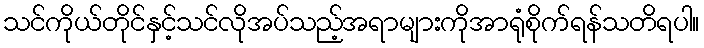
သင်ကိုယ်တိုင်နှင့်သင်လိုအပ်သည့်အရာများကိုအာရုံစိုက်ရန်သတိရပါ။